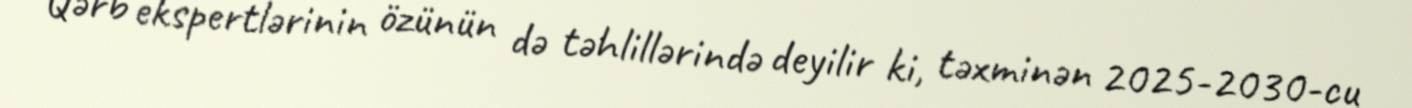
Qərb ekspertlərinin özünün də təhlillərində deyilir ki, təxminən 2025-2030-cu